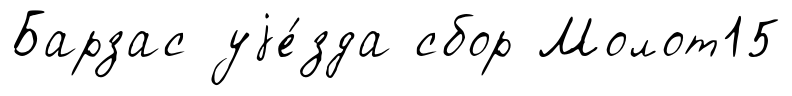
Барзас уjе́зда сбор Молот15